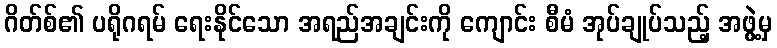
ဂိတ်စ်၏ ပရိုဂရမ် ရေးနိုင်သော အရည်အချင်းကို ကျောင်း စီမံ အုပ်ချုပ်သည့် အဖွဲ့မှ